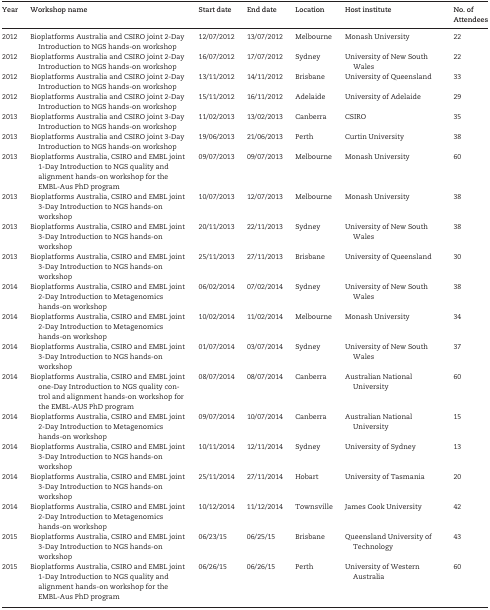
<table><thead><tr><td><b>Year</b></td><td><b>Workshop name</b></td><td><b>Start date</b></td><td><b>End date</b></td><td><b>Location</b></td><td><b>Host institute</b></td><td><b>No. of Attendees</b></td></tr></thead><tbody><tr><td>2012</td><td>Bioplatforms Australia and CSIRO joint 2-Day Introduction to NGS hands-on workshop</td><td>12/07/2012</td><td>13/07/2012</td><td>Melbourne</td><td>Monash University</td><td>22</td></tr><tr><td>2012</td><td>Bioplatforms Australia and CSIRO joint 2-Day Introduction to NGS hands-on workshop</td><td>16/07/2012</td><td>17/07/2012</td><td>Sydney</td><td>University of New South Wales</td><td>22</td></tr><tr><td>2012</td><td>Bioplatforms Australia and CSIRO joint 2-Day Introduction to NGS hands-on workshop</td><td>13/11/2012</td><td>14/11/2012</td><td>Brisbane</td><td>University of Queensland</td><td>33</td></tr><tr><td>2012</td><td>Bioplatforms Australia and CSIRO joint 2-Day Introduction to NGS hands-on workshop</td><td>15/11/2012</td><td>16/11/2012</td><td>Adelaide</td><td>University of Adelaide</td><td>29</td></tr><tr><td>2013</td><td>Bioplatforms Australia and CSIRO joint 3-Day Introduction to NGS hands-on workshop</td><td>11/02/2013</td><td>13/02/2013</td><td>Canberra</td><td>CSIRO</td><td>35</td></tr><tr><td>2013</td><td>Bioplatforms Australia and CSIRO joint 3-Day Introduction to NGS hands-on workshop</td><td>19/06/2013</td><td>21/06/2013</td><td>Perth</td><td>Curtin University</td><td>38</td></tr><tr><td>2013</td><td>Bioplatforms Australia, CSIRO and EMBL joint 1-Day Introduction to NGS quality and alignment hands-on workshop for the EMBL-Aus PhD program</td><td>09/07/2013</td><td>09/07/2013</td><td>Melbourne</td><td>Monash University</td><td>60</td></tr><tr><td>2013</td><td>Bioplatforms Australia, CSIRO and EMBL joint 3-Day Introduction to NGS hands-on workshop</td><td>10/07/2013</td><td>12/07/2013</td><td>Melbourne</td><td>Monash University</td><td>38</td></tr><tr><td>2013</td><td>Bioplatforms Australia, CSIRO and EMBL joint 3-Day Introduction to NGS hands-on workshop</td><td>20/11/2013</td><td>22/11/2013</td><td>Sydney</td><td>University of New South Wales</td><td>38</td></tr><tr><td>2013</td><td>Bioplatforms Australia, CSIRO and EMBL joint 3-Day Introduction to NGS hands-on workshop</td><td>25/11/2013</td><td>27/11/2013</td><td>Brisbane</td><td>University of Queensland</td><td>30</td></tr><tr><td>2014</td><td>Bioplatforms Australia, CSIRO and EMBL joint 2-Day Introduction to Metagenomics hands-on workshop</td><td>06/02/2014</td><td>07/02/2014</td><td>Sydney</td><td>University of New South Wales</td><td>38</td></tr><tr><td>2014</td><td>Bioplatforms Australia, CSIRO and EMBL joint 2-Day Introduction to Metagenomics hands-on workshop</td><td>10/02/2014</td><td>11/02/2014</td><td>Melbourne</td><td>Monash University</td><td>34</td></tr><tr><td>2014</td><td>Bioplatforms Australia, CSIRO and EMBL joint 3-Day Introduction to NGS hands-on workshop</td><td>01/07/2014</td><td>03/07/2014</td><td>Sydney</td><td>University of New South Wales</td><td>37</td></tr><tr><td>2014</td><td>Bioplatforms Australia, CSIRO and EMBL joint one-Day Introduction to NGS quality control and alignment hands-on workshop for the EMBL-AUS PhD program</td><td>08/07/2014</td><td>08/07/2014</td><td>Canberra</td><td>Australian National University</td><td>60</td></tr><tr><td>2014</td><td>Bioplatforms Australia, CSIRO and EMBL joint 2-Day Introduction to Metagenomics hands-on workshop</td><td>09/07/2014</td><td>10/07/2014</td><td>Canberra</td><td>Australian National University</td><td>15</td></tr><tr><td>2014</td><td>Bioplatforms Australia, CSIRO and EMBL joint 3-Day Introduction to NGS hands-on workshop</td><td>10/11/2014</td><td>12/11/2014</td><td>Sydney</td><td>University of Sydney</td><td>13</td></tr><tr><td>2014</td><td>Bioplatforms Australia, CSIRO and EMBL joint 3-Day Introduction to NGS hands-on workshop</td><td>25/11/2014</td><td>27/11/2014</td><td>Hobart</td><td>University of Tasmania</td><td>20</td></tr><tr><td>2014</td><td>Bioplatforms Australia, CSIRO and EMBL joint 2-Day Introduction to Metagenomics hands-on workshop</td><td>10/12/2014</td><td>11/12/2014</td><td>Townsville</td><td>James Cook University</td><td>42</td></tr><tr><td>2015</td><td>Bioplatforms Australia, CSIRO and EMBL joint 3-Day Introduction to NGS hands-on workshop</td><td>06/23/15</td><td>06/25/15</td><td>Brisbane</td><td>Queensland University of Technology</td><td>43</td></tr><tr><td>2015</td><td>Bioplatforms Australia, CSIRO and EMBL joint 1-Day Introduction to NGS quality and alignment hands-on workshop for the EMBL-Aus PhD program</td><td>06/26/15</td><td>06/26/15</td><td>Perth</td><td>University of Western Australia</td><td>60</td></tr></tbody></table>